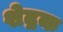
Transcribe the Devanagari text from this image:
शेद्रक